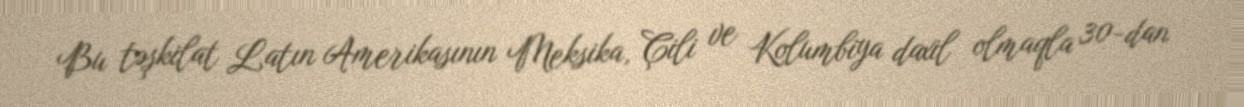
Bu təşkilat Latın Amerikasının Meksika, Çili ve Kolumbiya daxil olmaqla 30-dan